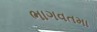
ભાગવતમા